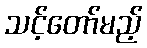
သင့်တော်မည့်